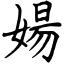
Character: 婸